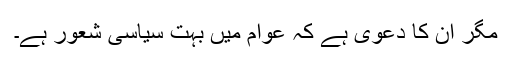
مگر ان کا دعویٰ ہے کہ عوام میں بہت سیاسی شعور ہے۔